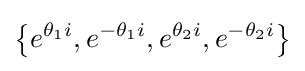
\left\{e^{\theta _{1}i},e^{-\theta _{1}i},e^{\theta _{2}i},e^{-\theta _{2}i}\right\}